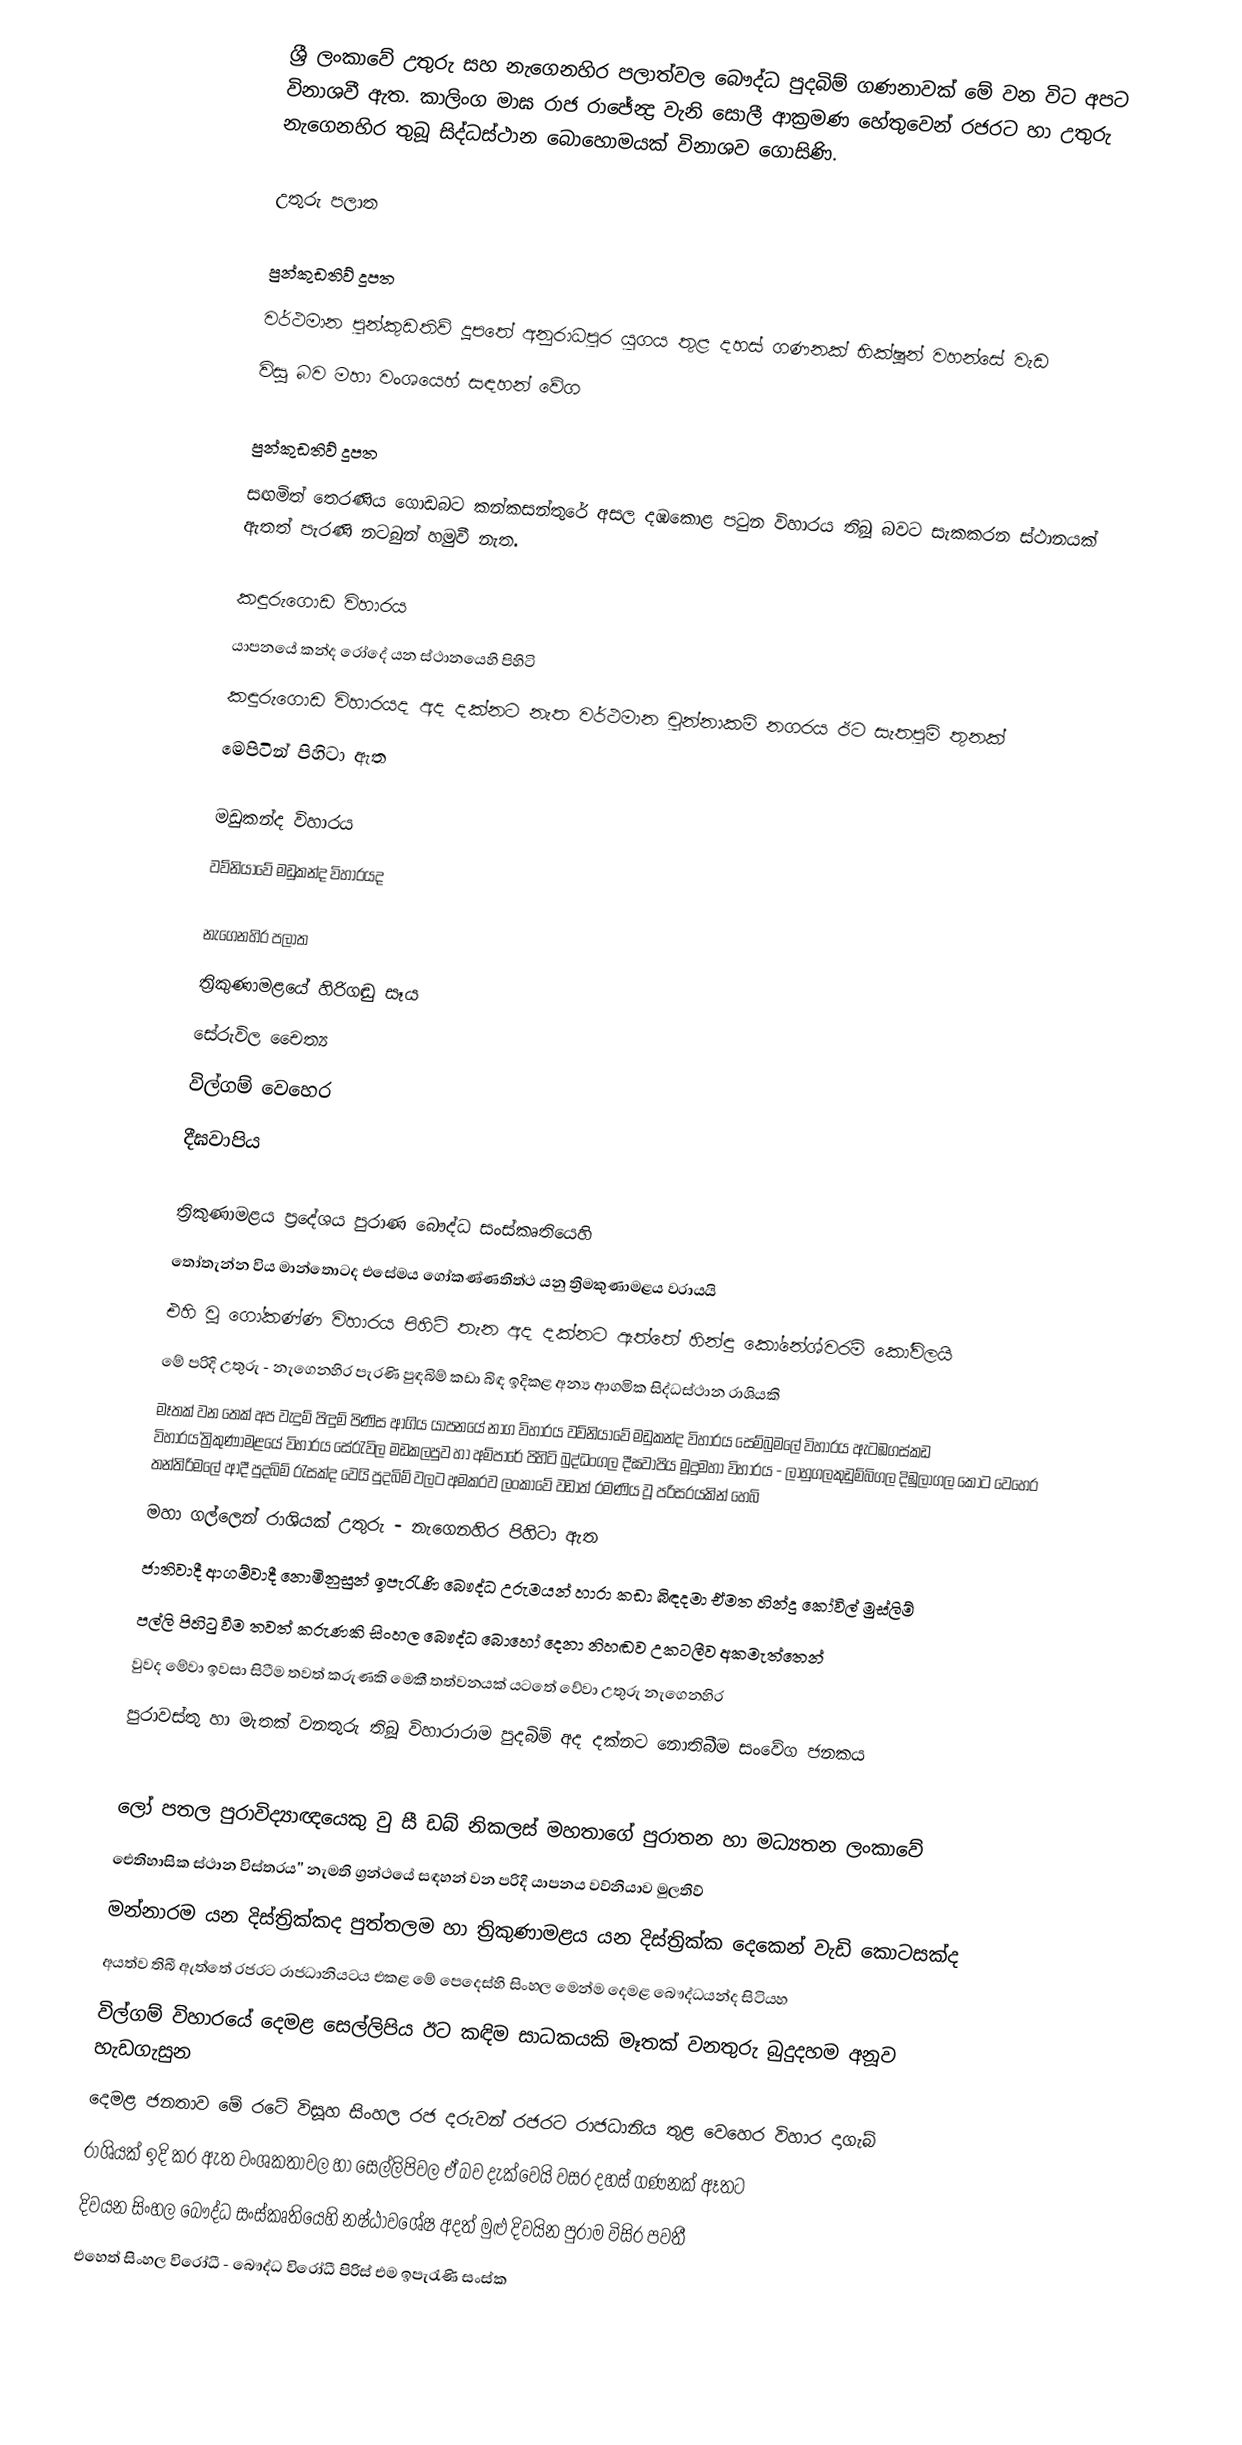
ශ්‍රී ලංකාවේ උතුරු සහ නැගෙනහිර පලාත්වල  බෞද්ධ පුදබිම් ගණනාවක් මේ වන විට අපට විනාශවී ඇත. කාලිංග මාඝ රාජ රාජේන්‍ද්‍ර   වැනි සොලී ආක්‍රමණ හේතුවෙන් රජරට හා උතුරු නැගෙනහිර තුබූ සිද්ධස්ථාන බොහොමයක් විනාශව ගොසිණි.

උතුරු පලාත

පුන්කුඩතිව් දූපත
වර්ථමාන පුන්කුඩතිව් දූපතේ අනුරාධපුර යුගය තුළ දහස් ගණනක් භික්ෂූන් වහන්සේ වැඩ
විසූ බව මහා වංශයෙහ් සඳහන් වේග

පුන්කුඩතිව් දූපත
සඟමිත් තෙරණිය ගොඩබට කන්කසන්තුරේ අසල දඹකොළ පටුන විහාරය තිබූ බවට සැකකරන ස්ථානයක් ඇතත් පැරණි නටබුන් හමුවී නැත.

කඳුරුගොඩ විහාරය
යාපනයේ කන්ද රෝදේ යන ස්ථානයෙහි පිහිටි
කඳුරුගොඩ විහාරයද අද දක්නට නැත වර්ථමාන චුන්නාකම් නගරය ඊට සැතපුම් තුනක්
මෙපිටින් පිහිටා ඇත

මඩුකන්ද විහාරය
වව්නියාවේ මඩුකන්ද විහාරයද

නැගෙනහිර පලාත
 ත්‍රිකුණාමළයේ හිරිගඬු සෑය
 සේරුවිල චෛත්‍ය
 විල්ගම් වෙහෙර
 දීඝවාපිය

ත්‍රිකුණාමළය ප්‍රදේශය පුරාණ බෞද්ධ සංස්කෘතියෙහි
තෝතැන්න විය මාන්තොටද එසේමය ගෝකණ්ණතිත්ථ යනු ත්‍රිමකුණාමළය වරායයි
එහි වූ ගෝකණ්ණ විහාරය පිහිටි තැන අද දක්නට ඇත්තේ හින්ඳු කෝනේශ්වරම් කෝවිලයි
මේ පරිදි උතුරු - නැ‍ගෙනහිර පැරණි පුඳබිම් කඩා බිඳ ඉදිකළ අන්‍ය ආගමික සිද්ධස්ථාන රාශියකි
මෑතක් වන තෙක් අප වැදුම් පිඳුම් පිණිස ආගිය යාපනයේ නාග විහාරය වව්නියාවේ මඩුකන්ද විහාරය සෙම්බුමලේ විහාරය ඇටඹගස්කඩ විහාරය'ත්‍රිකුණාමළයේ විහාරය සේරැවිල මඩකලපුව හා අම්පාරේ පිහිටි බුද්ධංගල දීඝවාපිය මූදුමහා විහාරය - ලාහුගලකුඩුම්බිගල දිඹුලාගල කොට වෙහෙර තන්තිරිමලේ ආදී පුදබිම් රැසක්ද වෙයි පුදබිම් වලට අමකරව ලංකාවේ වඩාත් රමණිය වූ පරිසරයකින් හෙබි
මහා ගල්ලෙන් රාශියක් උතුරු - නැගෙනහිර පිහිටා ඇත
ජාතිවාදී ආගම්වාදී නොමිනුසුන් ඉපැරැණි බෞද්ධ උරුමයන් හාරා කඩා බිඳදමා ඒමත හින්දු කෝවිල් මුස්ලිම්
පල්ලි පිහිටු වීම තවත් කරුණකි සිංහල බෞද්ධ බොහෝ දෙනා නිහඬව උකටලීව අකමැත්තෙන්
වුවද මේවා ඉවසා සිටීම තවත් කරුණකි මෙකී තත්වනයක් යටතේ වේවා උතුරු නැගෙනහිර
පුරාවස්තු හා මැතක් වනතුරු තිබූ විහාරාරාම පුදබිම් අද දක්නට නොතිබීම සංවේග ජනකය

ලෝ පතල පුරාවිද්‍යාඥයෙකු වු සී ඩබ් නිකලස් මහතාගේ  පුරාතන හා මධ්‍යතන ලංකාවේ
ඓතිහාසික ස්ථාන විස්තරය'' නැමති ග්‍රන්ථයේ සඳහන් වන පරිදි යාපනය වව්නියාව මුලතිව්
මන්නාරම යන දිස්ත්‍රික්කද පුත්තලම හා ත්‍රිකුණාමළය යන දිස්ත්‍රික්ක දෙකෙන් වැඩි කොටසක්ද
අයත්ව තිබී ඇත්තේ රජරට රාජධානියටය එකළ මේ පෙදෙස්හි සිංහල මෙන්ම දෙමළ බෞද්ධයන්ද සිටියහ
විල්ගම් විහාරයේ දෙමළ සෙල්ලිපිය ඊට කඳිම සාධකයකි මෑතක් වනතුරු බුදුදහම අනූව හැඩගැසුන
දෙමළ ජනතාව මේ රටේ විසූහ සිංහල රජ දරුවන් රජරට රාජධානිය තුළ වෙහෙර විහාර දාගැබ්
රාශියක් ඉදි කර ඇත වංශකතාවල හා සෙල්ලිපිවල ඒ බව දැක්වෙයි වසර දහස් ගණනක් ඈතට
දිවයන සිංහල බෞද්ධ සංස්කෘතියෙහි නෂ්ඨාවශේෂ අදත් මුළු දිවයින පුරාම විසිර පවතී
එහෙත් සිංහල විරෝධී - බෞද්ධ විරෝධී පිරිස් එම ඉපැරැණි සංස්ක